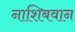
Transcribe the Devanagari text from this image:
नाशिबवान